Indian journal of veterinary science and animal husbandry - Volume 1,
Year: 1931
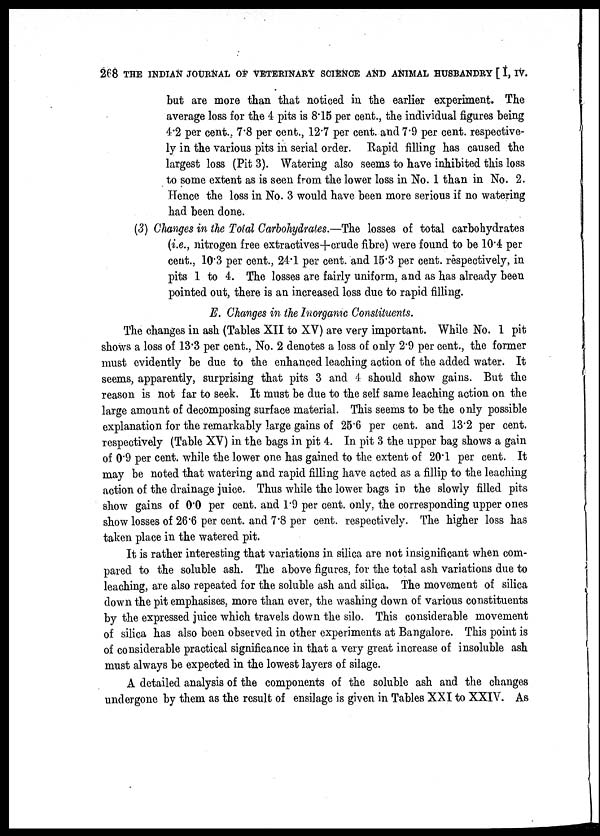
268 THE INDIAN JOURNAL OF VETERINARY SCIENCE AND ANIMAL HUSBANDRY [ I, IV.
but are more than that noticed in the earlier experiment. The
average loss for the 4 pits is 8.15 per cent., the individual figures being
4.2 per cent., 7.8 per cent., 12.7 per cent. and 7.9 per cent. respective-
ly in the various pits in serial order. Rapid filling has caused the
largest loss (Pit 3). Watering also seems to have inhibited this loss
to some extent as is seen from the lower loss in No. 1 than in No. 2.
Hence the loss in No. 3 would have been more serious if no watering
had been done.
(3) Changes in the Total Carbohydrates.—The losses of total carbohydrates
(i.e., nitrogen free extractives+crude fibre) were found to be 10.4 per
cent., 10.3 per cent., 24.1 per cent. and 15.3 per cent. respectively, in
pits 1 to 4. The losses are fairly uniform, and as has already been
pointed out, there is an increased loss due to rapid filling.
E. Changes in the Inorganic Constituents.
The changes in ash (Tables XII to XV) are very important. While No. 1 pit
shows a loss of 13.3 per cent., No. 2 denotes a loss of only 2.9 per cent., the former
must evidently be due to the enhanced leaching action of the added water. It
seems, apparently, surprising that pits 3 and 4 should show gains. But the
reason is not far to seek. It must be due to the self same leaching action on the
large amount of decomposing surface material. This seems to be the only possible
explanation for the remarkably large gains of 25.6 per cent. and 13.2 per cent.
respectively (Table XV) in the bags in pit 4. In pit 3 the upper bag shows a gain
of 0.9 per cent. while the lower one has gained to the extent of 20.1 per cent. It
may be noted that watering and rapid filling have acted as a fillip to the leaching
action of the drainage juice. Thus while the lower bags in the slowly filled pits
show gains of 0.0 per cent. and 1.9 per cent. only, the corresponding upper ones
show losses of 26.6 per cent. and 7.8 per cent. respectively. The higher loss has
taken place in the watered pit.
It is rather interesting that variations in silica are not insignificant when com-
pared to the soluble ash. The above figures, for the total ash variations due to
leaching, are also repeated for the soluble ash and silica. The movement of silica
down the pit emphasises, more than ever, the washing down of various constituents
by the expressed juice which travels down the silo. This considerable movement
of silica has also been observed in other experiments at Bangalore. This point is
of considerable practical significance in that a very great increase of insoluble ash
must always be expected in the lowest layers of silage.
A detailed analysis of the components of the soluble ash and the changes
undergone by them as the result of ensilage is given in Tables XXI to XXIV. As